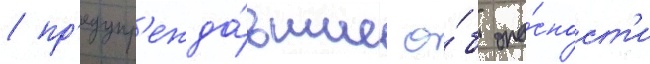
/ пр'едупр'ежда́вшие о́б опа́сност'и